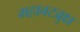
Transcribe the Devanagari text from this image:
महावटव्रुक्ष